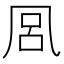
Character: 𭂴